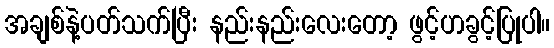
အချစ်နဲ့ပတ်သက်ပြီး နည်းနည်းလေးတော့ ဖွင့်ဟခွင့်ပြုပါ။